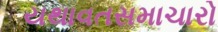
યથાવતસમાચારો